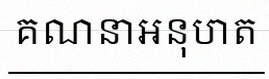
គណនាអនុបាត